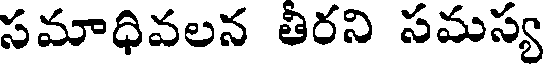
సమాధివలన తీరని సమస్య